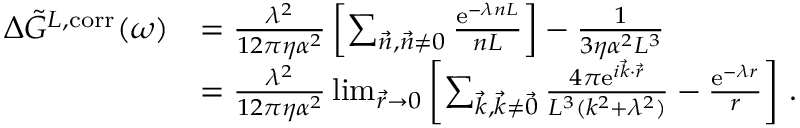
\begin{array} { r l } { \Delta \Tilde { G } ^ { L , \mathrm { c o r r } } ( \omega ) } & { = \frac { \lambda ^ { 2 } } { 1 2 \pi \eta \alpha ^ { 2 } } \left[ \sum _ { \vec { n } , \vec { n } \neq 0 } \frac { \mathrm { e } ^ { - \lambda n L } } { n L } \right] - \frac { 1 } { 3 \eta \alpha ^ { 2 } L ^ { 3 } } } \\ & { = \frac { \lambda ^ { 2 } } { 1 2 \pi \eta \alpha ^ { 2 } } \operatorname* { l i m } _ { \vec { r } \to 0 } \left[ \sum _ { \vec { k } , \vec { k } \neq \vec { 0 } } \frac { 4 \pi \mathrm { e } ^ { i \vec { k } \cdot \vec { r } } } { L ^ { 3 } ( k ^ { 2 } + \lambda ^ { 2 } ) } - \frac { \mathrm { e } ^ { - \lambda r } } { r } \right] \, . } \end{array}